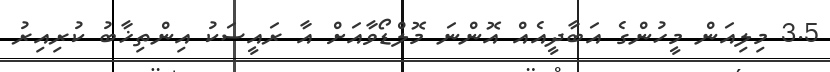
3.5 މިލިއަން މީހުންގެ އަބާދީއެއް އޮންނަ މޮލްޑޯވާއަށް އާ ރައީސަކު އިންތިޚާބު ކުރިއިރު